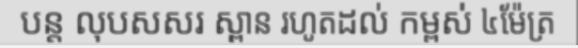
បន្ត លុបសសរ ស្ពាន រហូតដល់ កម្ពស់ ៤ម៉ែត្រ